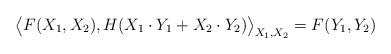
LaTeX: \begin{align*} \big\langle F(X_1,X_2), H(X_1\cdot Y_1 + X_2\cdot Y_2)\big\rangle_{X_1, X_2} = F(Y_1,Y_2) \end{align*}